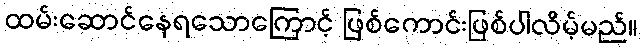
ထမ်းဆောင်နေရသောကြောင့် ဖြစ်ကောင်းဖြစ်ပါလိမ့်မည်။